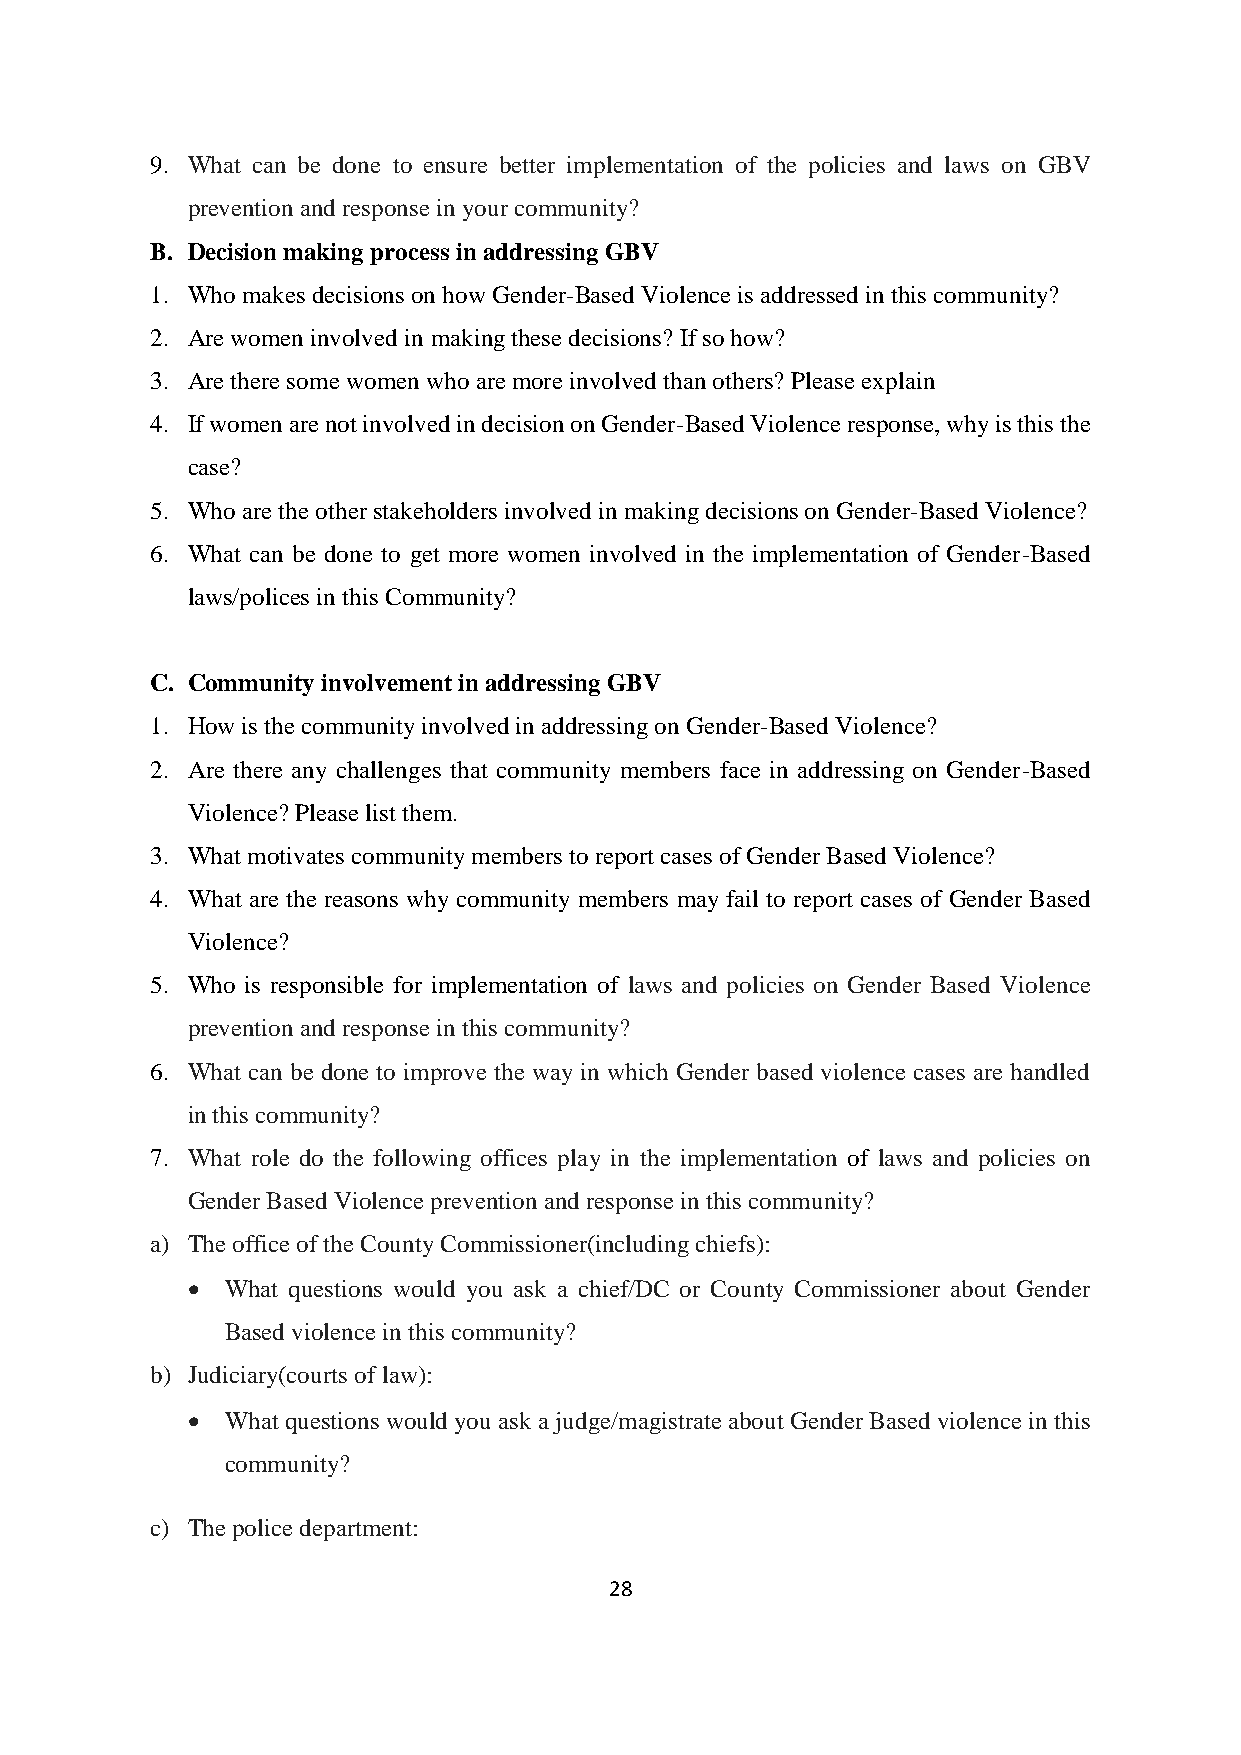
9. What can be done to ensure better implementation of the policies and laws on GBV
 prevention and response in your community?
 B. Decision making process in addressing GBV
 1. Who makes decisions on how Gender-Based Violence is addressed in this community?
 2. Are women involved in making these decisions? If so how?
 3. Are there some women who are more involved than others? Please explain
 4. If women are not involved in decision on Gender-Based Violence response, why is this the
 case?
 5. Who are the other stakeholders involved in making decisions on Gender-Based Violence?
 6. What can be done to get more women involved in the implementation of Gender-Based
 laws/polices in this Community?
 C. Community involvement in addressing GBV
 1. How is the community involved in addressing on Gender-Based Violence?
 2. Are there any challenges that community members face in addressing on Gender-Based
 Violence? Please list them.
 3. What motivates community members to report cases of Gender Based Violence?
 4. What are the reasons why community members may fail to report cases of Gender Based
 Violence?
 5. Who is responsible for implementation of laws and policies on Gender Based Violence
 prevention and response in this community?
 6. What can be done to improve the way in which Gender based violence cases are handled
 in this community?
 7. What role do the following offices play in the implementation of laws and policies on
 Gender Based Violence prevention and response in this community?
 a) The office of the County Commissioner(including chiefs):
 •  What questions would you ask a chief/DC or County Commissioner about Gender
 Based violence in this community?
 b) Judiciary(courts of law):
 •  What questions would you ask a judge/magistrate about Gender Based violence in this
 community?
 c) The police department:
 28